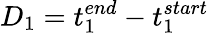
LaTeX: D_{1}=t_{1}^{end}-t_{1}^{start}